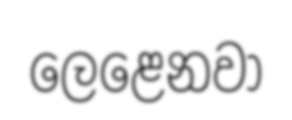
ලෙළෙනවා